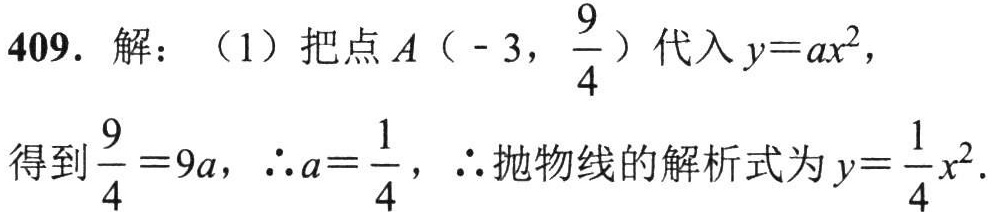
409. 解：（1）把点\(A\left(-3,\frac{9}{4}\right)\)代入\(y = ax^{2}\)，
得到\(\frac{9}{4}=9a\)，\(\therefore a = \frac{1}{4}\)，\(\therefore\)抛物线的解析式为\(y=\frac{1}{4}x^{2}\).